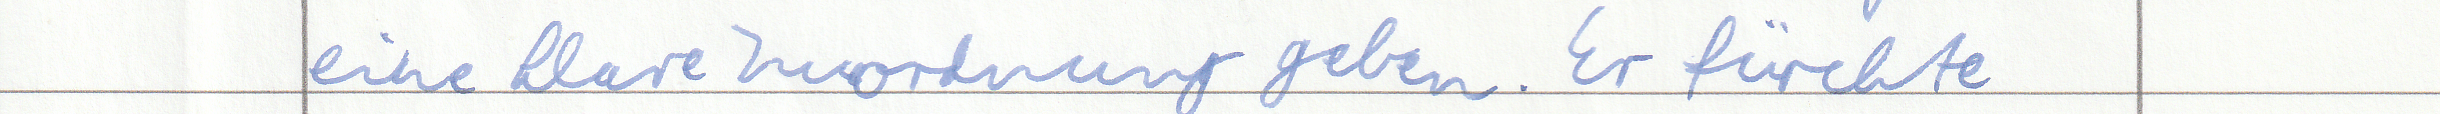
eine klare Zuordnung geben. Er fürchte